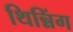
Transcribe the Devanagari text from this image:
थिन्निंग